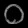
Digit: ၀